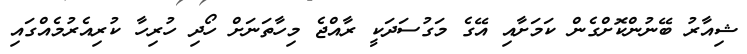
ޝިއާރު ބޭނުންކޮށްގެން ކަމަށާއި އޭގެ މަގުސަދަކީ ރާއްޖެ މިހާތަނަށް ހޯދި ހުރިހާ ކުރިއެރުމެއްގައި